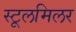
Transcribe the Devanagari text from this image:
स्टूलमिलर